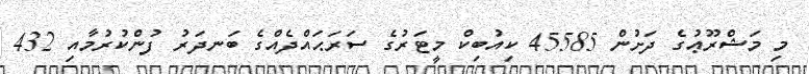
މި މަޝްރޫޢުގެ ދަށުން 45585 ކިއުބިކް މީޓަރުގެ ސަރަޙައްދެއްގެ ބަނދަރު ފުންކުރުމާއި 432